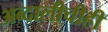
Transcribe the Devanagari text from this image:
अब्दालीचीही